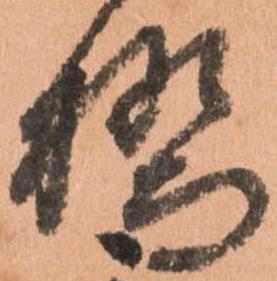
橋